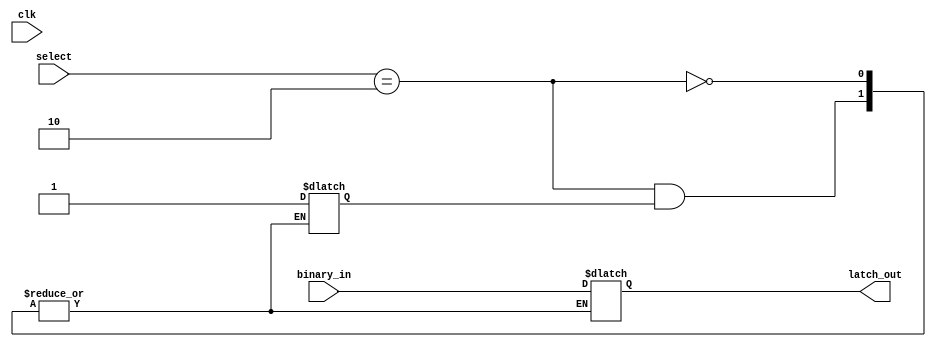
`timescale 1ns / 1ps
//////////////////////////////////////////////////////////////////////////////////
// Company: 
// Engineer: 
// 
// Design Name: 
// Module Name: game_over
// Project Name: 
// Target Devices: 
// Tool Versions: 
// Description: 
// 
// Dependencies: 
// 
// Revision:
// Revision 0.01 - File Created
// Additional Comments:
// 
//////////////////////////////////////////////////////////////////////////////////

//Used to keep the same score after 35 seconds of game time
module game_over(select, binary_in, latch_out, clk);
    input [31:0] binary_in;
    input [1:0] select;
    input clk;
    output reg [31:0] latch_out;
    reg latcher = 1'b0;
    
    always @(select, clk) begin
        if (select == 2'b10) begin
            if (latcher == 1'b0) begin
                latch_out <= binary_in;
                latcher <= 1'b1;
            end
        end
    end//always
          
endmodule